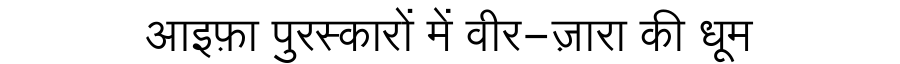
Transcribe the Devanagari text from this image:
आइफ़ा पुरस्कारों में वीर-ज़ारा की धूम